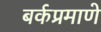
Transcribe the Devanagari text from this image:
बर्कप्रमाणे